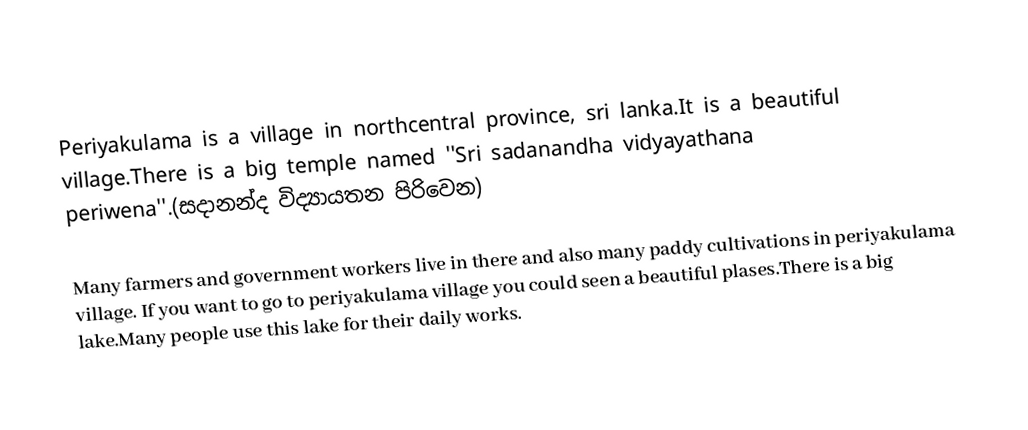
Periyakulama is a village in northcentral province,  sri lanka.It is a beautiful village.There is a big temple named ''Sri sadanandha vidyayathana periwena''.(සදානන්ද විද්‍යායතන පිරිවෙන)

Many farmers and government workers live in there and also many paddy cultivations in periyakulama village. If you want to go to periyakulama village you could seen a beautiful plases.There is a big lake.Many people use this lake for their daily works.